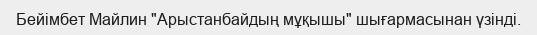
Бейімбет Майлин "Арыстанбайдың мұқышы" шығармасынан үзінді.